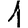
Digit: 1